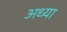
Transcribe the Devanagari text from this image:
अध्या